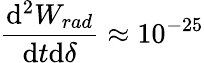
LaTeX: \frac{\mathrm{d}^{2}W_{rad}}{\mathrm{d}t\mathrm{d}\delta}\approx 10^{-25}